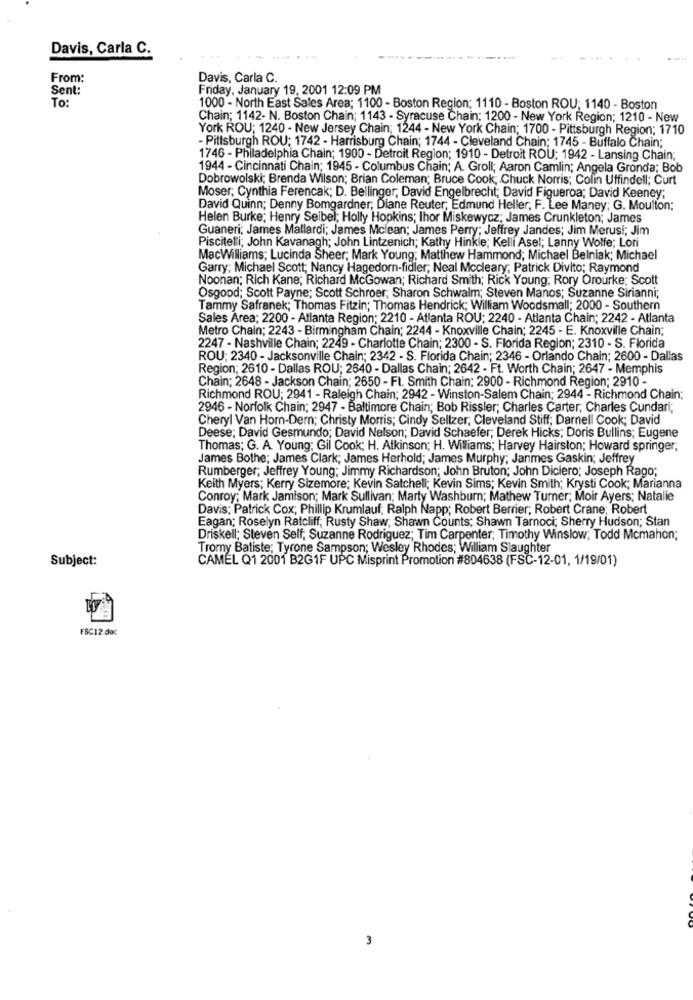
Davis, Carla C.
From:
Davis, Carla C.
Sent:
Friday, January 19, 2001 12:09 PM
To:
1000 - North East Sales Area; 1100 - Boston Region; 1110 - Boston ROU; 1140 - Boston
Chain; 1142- N. Boston Chain; 1143 - Syracuse Chain; 1200 - New York Region; 1210 - New
York ROU; 1240 - New Jersey Chain; 1244 - New York Chain; 1700 - Pittsburgh Region; 1710
- Pittsburgh ROU; 1742 - Harrisburg Chain; 1744 - Cleveland Chain; 1745 - Buffalo Chain;
1746 - Philadelphia Chain; 1900 - Detroit Region; 1910 - Detroit ROU; 1942 - Lansing Chain;
1944 - Cincinnati Chain; 1945 - Columbus Chain; A. Groll; Aaron Camlin; Angela Gronda; Bob
Dobrowolski; Brenda Wilson; Brian Coleman; Bruce Cook; Chuck Norris; Colin Uffindell; Curt
Moser; Cynthia Ferencak; D. Bellinger, David Engelbrecht; David Figueroa; David Keeney;
David Quinn; Denny Bomgardner; Diane Reuter; Edmund Heller, F. Lee Maney; G. Moulton;
Helen Burke; Henry Seibel; Holly Hopkins; Ihor Miskewycz; James Crunkleton; James
Guaneri: James Mallardi; James Mclean; James Perry; Jeffrey Jandes; Jim Merusi; Jim
Piscitelli; John Kavanagh; John Lintzenich; Kathy Hinkle; Kelli Asel; Lanny Wolfe; Lori
MacWilliams; Lucinda Sheer; Mark Young; Matthew Hammond; Michael Belniak; Michael
Garry: Michael Scott; Nancy Hagedorn-fidler; Neal Mccleary; Patrick Divito; Raymond
Noonan; Rich Kane; Richard McGowan; Richard Smith; Rick Young; Rory Orourke; Scott
Osgood; Scott Payne; Scott Schroer, Sharon Schwalm; Steven Manos; Suzanne Sirianni;
Tammy Safranek; Thomas Fitzin; Thomas Hendrick; William Woodsmall; 2000 - Southern
Sales Area; 2200 - Atlanta Region; 2210 - Atlanta ROU; 2240 - Atlanta Chain; 2242 - Atlanta
Metro Chain; 2243 - Birmingham Chain; 2244 - Knoxville Chain; 2245 - E. Knoxville Chain;
2247 - Nashville Chain; 2249 - Charlotte Chain; 2300 - S. Florida Region; 2310 - S. Florida
ROU; 2340 - Jacksonville Chain; 2342 - S. Florida Chain; 2346 - Orlando Chain; 2600 - Dallas
Region; 2610 - Dallas ROU; 2640 - Dallas Chain; 2642 - Ft. Worth Chain; 2647 - Memphis
Chain; 2648 - Jackson Chain; 2650 - Ft. Smith Chain: 2900 - Richmond Region; 2910 -
Richmond ROU; 2941 - Raleigh Chain; 2942 - Winston-Salem Chain; 2944 - Richmond Chain;
2946 - Norfolk Chain; 2947 - Baltimore Chain; Bob Rissler; Charles Carter, Charles Cundari;
Cheryl Van Horn-Dern; Christy Morris; Cindy Seltzer, Cleveland Stiff; Darnell Cook; David
Deese; David Gesmundo; David Nelson; David Schaefer; Derek Hicks; Doris Bullins; Eugene
Thomas; G. A. Young; Gil Cook; H. Atkinson; H. Williams; Harvey Hairston; Howard springer,
James Bothe; James Clark; James Herhold; James Murphy; Janmes Gaskin; Jeffrey
Rumberger; Jeffrey Young: Jimmy Richardson; John Bruton; John Diciero; Joseph Rago;
Keith Myers; Kerry Sizemore; Kevin Satchell; Kevin Sims; Kevin Smith; Krysti Cook; Marianna
Conroy; Mark Jamison; Mark Sullivan; Marty Washburn; Mathew Turner; Moir Ayers; Natalie
Davis: Patrick Cox; Phillip Krumlauf; Ralph Napp; Robert Berrier; Robert Crane; Robert
Eagan; Roselyn Ratcliff, Rusty Shaw, Shawn Counts; Shawn Tarnoci; Sherry Hudson; Stan
Driskell; Steven Self, Suzanne Rodriguez; Tim Carpenter, Timothy Winslow; Todd Mcmahon;
Tromy Batiste; Tyrone Sampson; Wesley Rhodes; William Slaughter
Subject:
CAMEL Q1 2001 B2G1F UPC Misprint Promotion #804638 (FSC-12-01, 1/19/01)
FSC12.doc
3